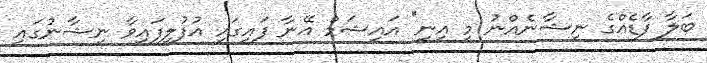
ބަލާ ފާޑެއްގެ ނިޝާނެއްނު މި އިނީ" އައިޝަމް އޭނާ ފައިގައި އުފުލިފައިވާ ނިޝާނުގައި